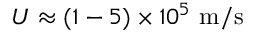
U \approx ( 1 - 5 ) \times 1 0 ^ { 5 } ~ \mathrm { m / s }